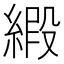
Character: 𫟁